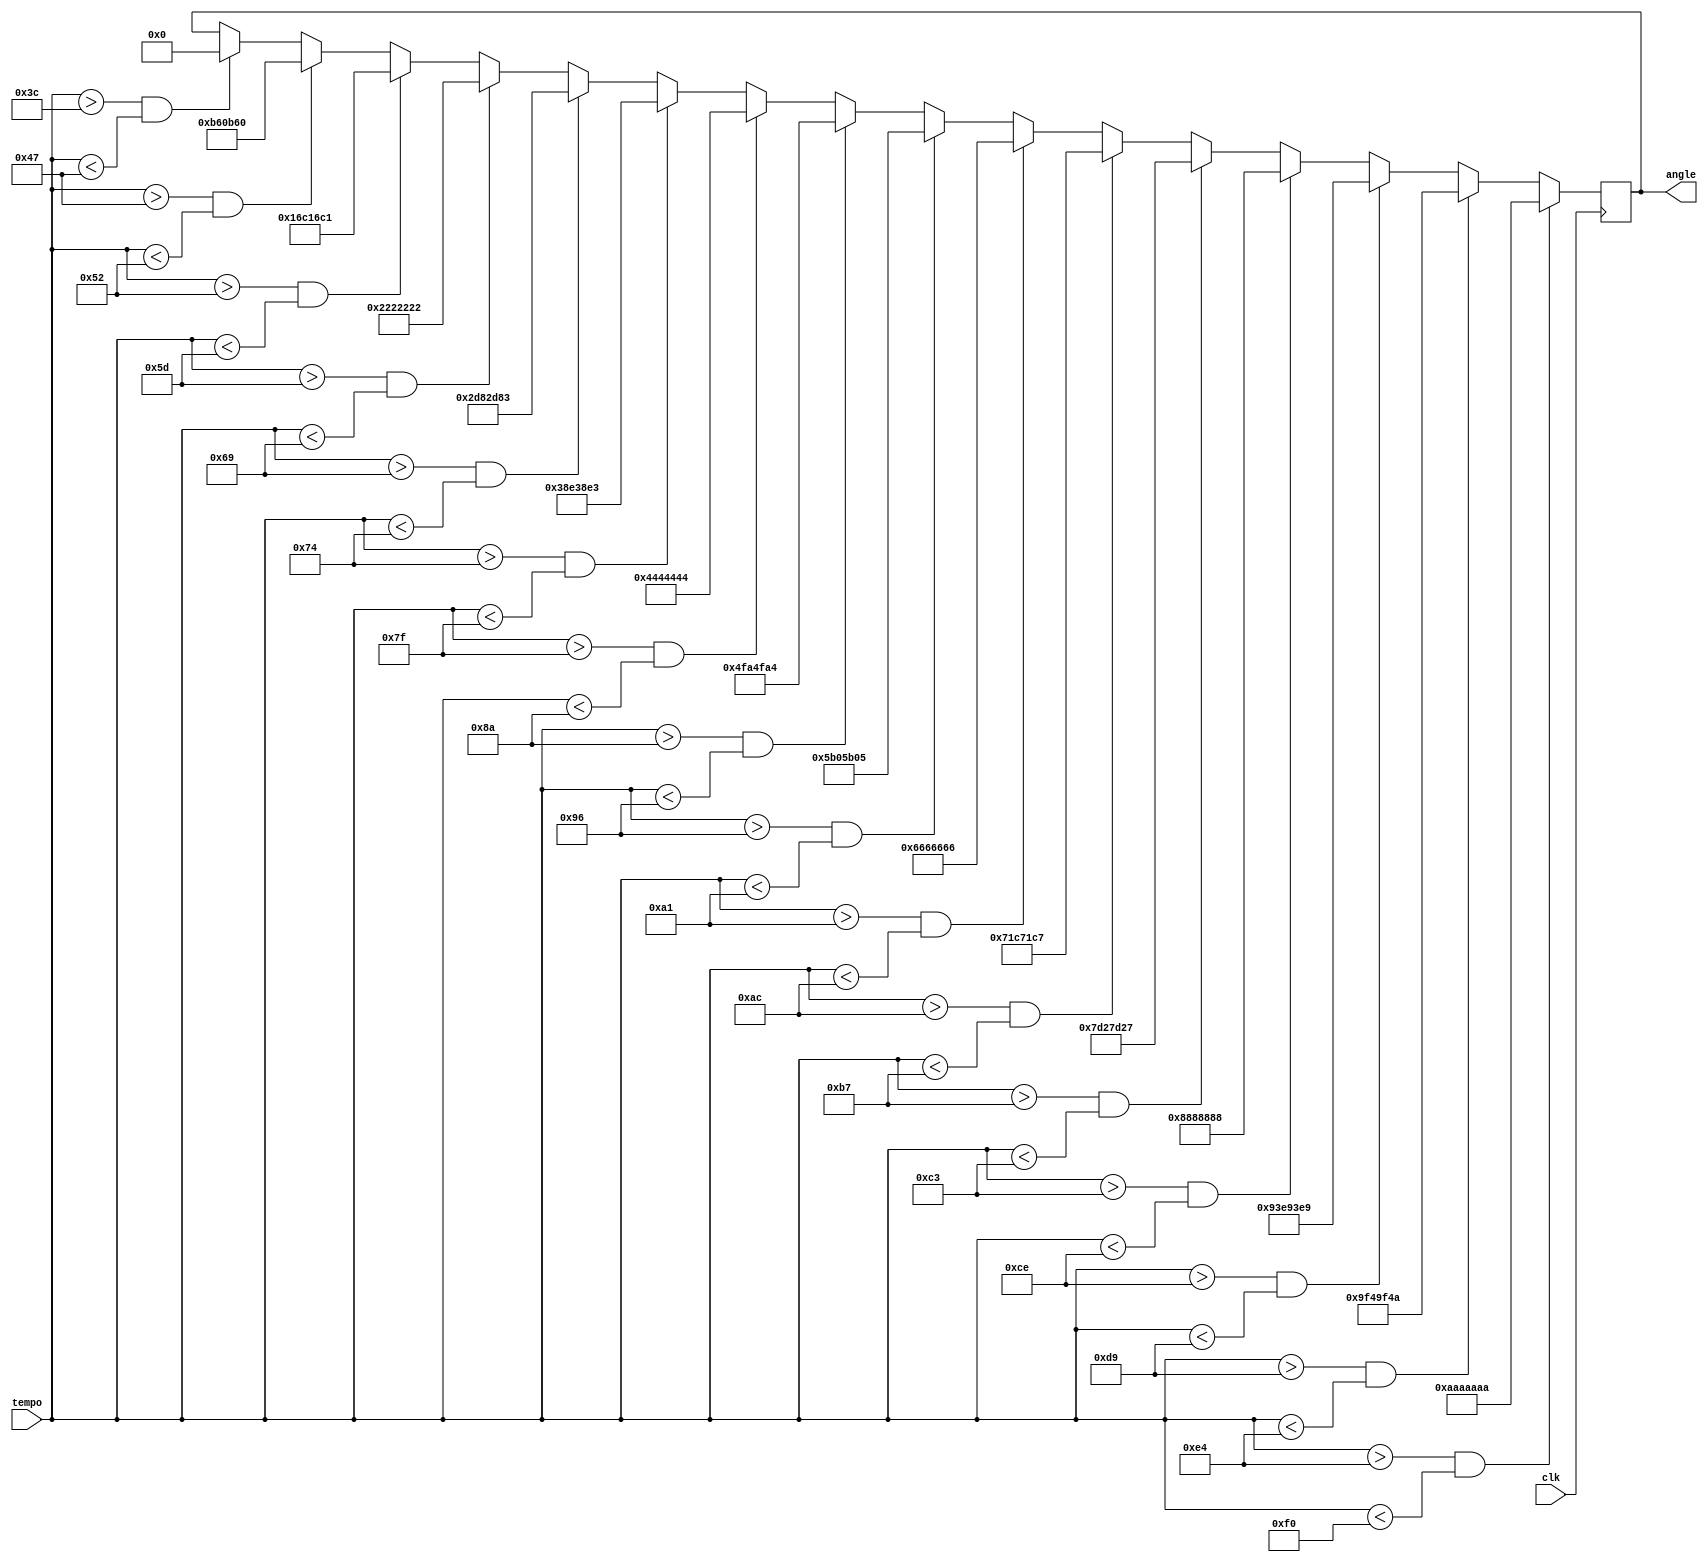
`timescale 1ns / 1ps
//////////////////////////////////////////////////////////////////////////////////
// Company: 
// Engineer: 
// 
// Design Name: 
// Module Name:    coordinate_controller 
// Project Name: 
// Target Devices: 
// Tool versions: 
// Description: 
//
// Dependencies: 
//
// Revision: 
// Revision 0.01 - File Created
// Additional Comments: 
//
//////////////////////////////////////////////////////////////////////////////////
module coordinate_controller(
	 input clk,
	 input [9:0] tempo,
	 output [31:0] angle
    );
	
	// Table of angles to choose from: -16 to 16 degrees
	// Only need 0-15 actually in table
	
	parameter TEMPO_MIN = 60;
	parameter TEMPO_MAX = 240;
	parameter TEMPO_STEP = (TEMPO_MAX-TEMPO_MIN);
	
	wire signed [31:0] ang_table [0:15];
	reg signed [31:0] angle_reg;
	
	assign ang_table[00] = 32'b0;
	assign ang_table[01] = 32'b00000000101101100000101101100000; // 1 degree
	assign ang_table[02] = 32'b00000001011011000001011011000001; // 2 degrees
	assign ang_table[03] = 32'b00000010001000100010001000100010; // 3 degrees
	assign ang_table[04] = 32'b00000010110110000010110110000011; // etc...
	assign ang_table[05] = 32'b00000011100011100011100011100011;
	assign ang_table[06] = 32'b00000100010001000100010001000100;
	assign ang_table[07] = 32'b00000100111110100100111110100100;
	assign ang_table[08] = 32'b00000101101100000101101100000101;
	assign ang_table[09] = 32'b00000110011001100110011001100110;
	assign ang_table[10] = 32'b00000111000111000111000111000111;
	assign ang_table[11] = 32'b00000111110100100111110100100111;
	assign ang_table[12] = 32'b00001000100010001000100010001000;
	assign ang_table[13] = 32'b00001001001111101001001111101001;
	assign ang_table[14] = 32'b00001001111101001001111101001010;
	assign ang_table[15] = 32'b00001010101010101010101010101010;	
	
	reg [4:0] i;
	
	always@(posedge clk) begin	
		for (i = 0; i < 16; i = i+1) begin
			if ((tempo > TEMPO_MIN+TEMPO_STEP*i/16) && tempo < TEMPO_MIN+TEMPO_STEP*(i+1)/16)
				angle_reg <= ang_table[i];
		end
	end
		
	assign angle = angle_reg;
	
endmodule